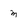
Character: m